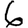
Digit: 6